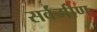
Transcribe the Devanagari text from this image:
सर्वंगीण